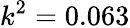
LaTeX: k^{2}=0.063